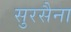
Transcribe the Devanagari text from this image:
सुरसैना